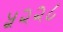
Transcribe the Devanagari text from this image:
५२२८